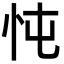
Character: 忳